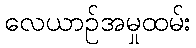
လေယာဉ်အမှုထမ်း